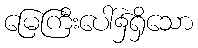
မြေကြီးပေါ်၌ရှိသော